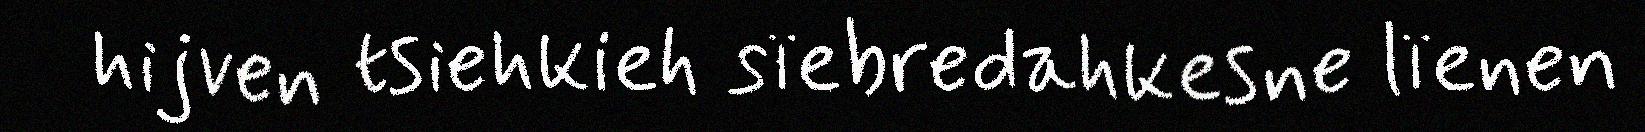
hijven tsiehkieh sïebredahkesne lïenen